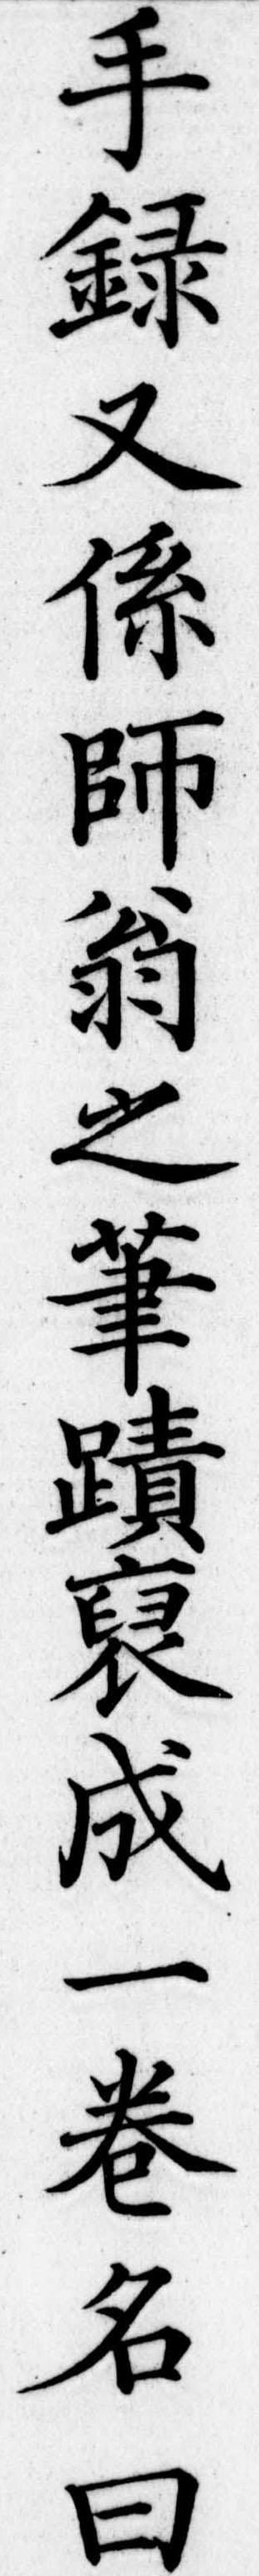
手録又係師翁之跡裒成一巻名曰